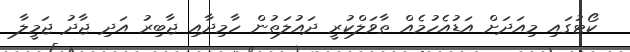
ކޯޓުގައި މިއަދަށް އަޑުއެހުމެއް ތާވަލްކުރީ ދައުލަތުން ހާމިދާއި ޖާބިރު އަދި ޖާދު ޖަމީލާ